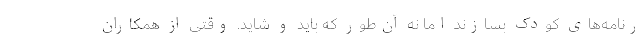
رنامه‌های کودک بسازند اما نه آن‌طور که باید و شاید. وقتی از همکاران